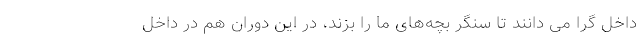
داخل گرا می دانند تا سنگر بچه‌های ما را بزند، در این دوران هم در داخل